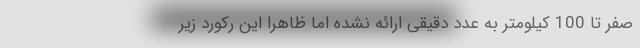
صفر تا 100 کیلومتر به عدد دقیقی ارائه نشده اما ظاهرا این رکورد زیر